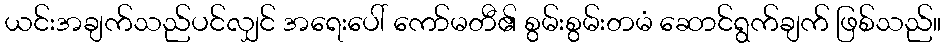
ယင်းအချက်သည်ပင်လျှင် အရေးပေါ် ကော်မတီ၏ စွမ်းစွမ်းတမံ ဆောင်ရွက်ချက် ဖြစ်သည်။